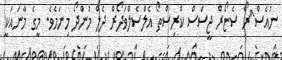
ނުއެސް^ްރޯ ސެޏޯރް ޖީސަސް ކްރިސްތޯ އެލްސެލްވަދޯރް ދެލް މުންދޯ މިނަމެވެ. މީގެ މާނައަކީ